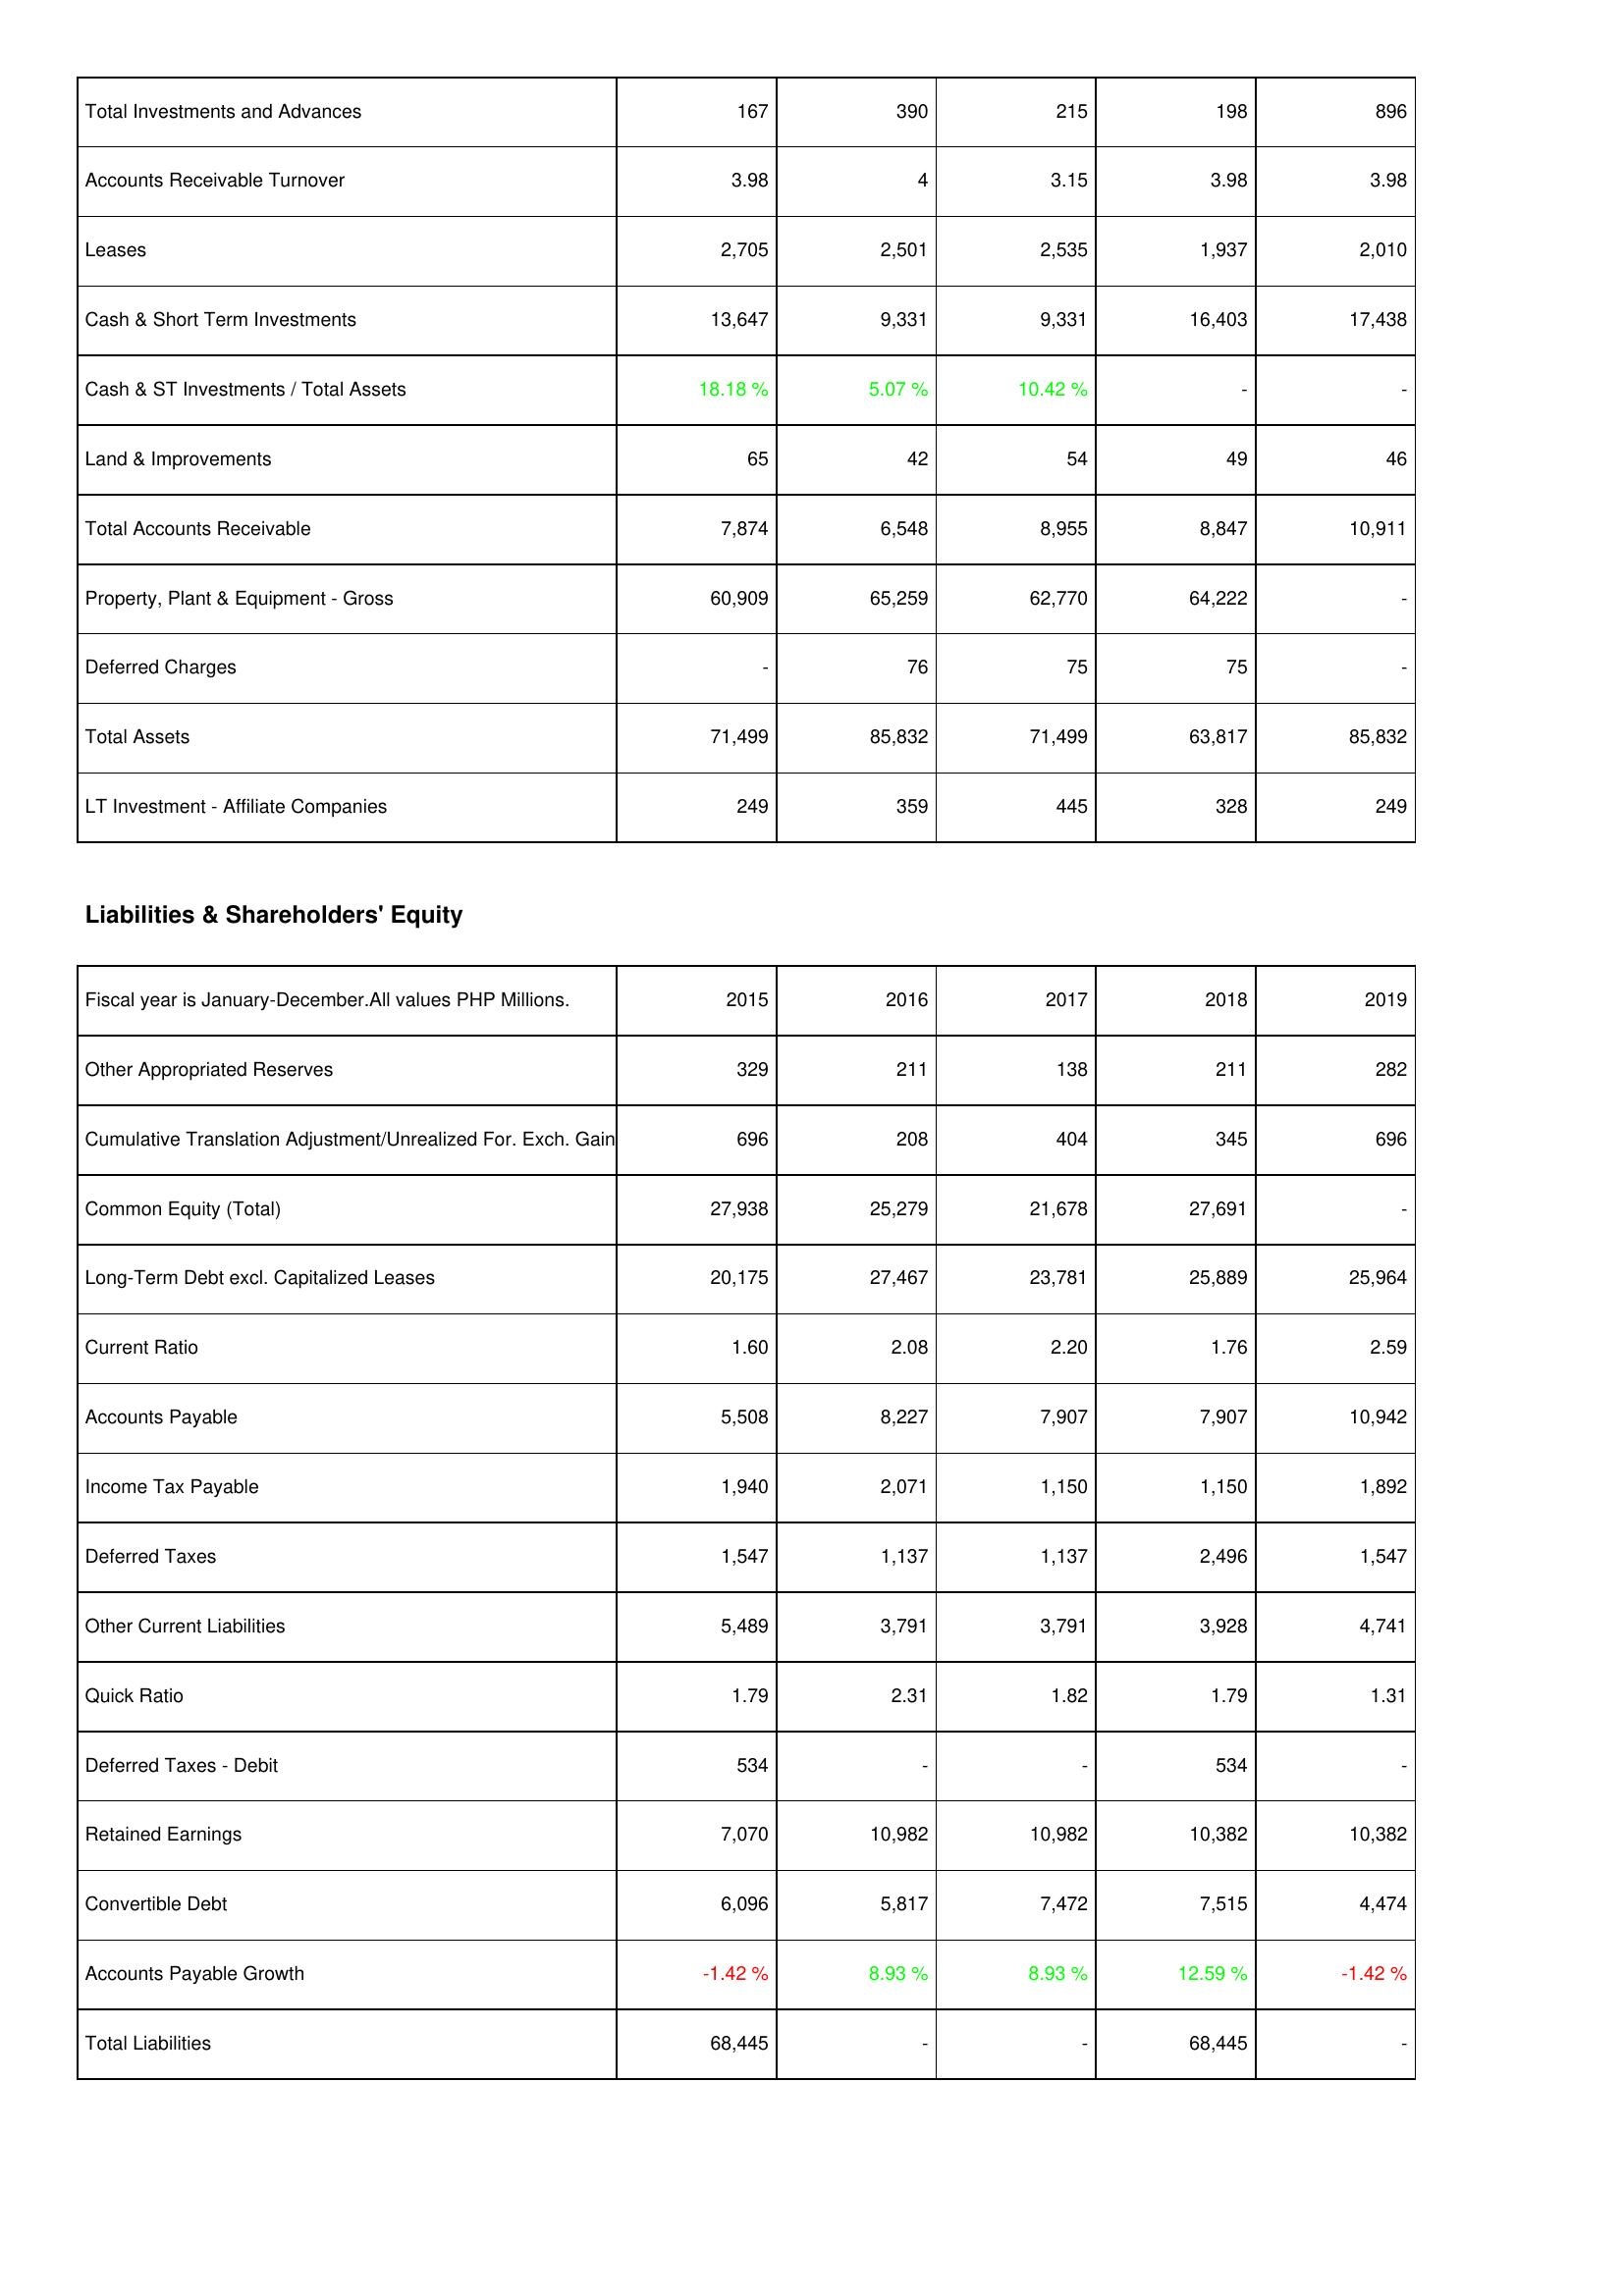
2015: Assets: Total Investments and Advances: 167
Accounts Receivable Turnover: 3.98
Leases: 2,705
Cash & Short Term Investments: 13,647
Cash & ST Investments / Total Assets: 18.18 %
Land & Improvements: 65
Total Accounts Receivable: 7,874
Property, Plant & Equipment - Gross: 60,909
Deferred Charges: -
Total Assets: 71,499
LT Investment - Affiliate Companies: 249
Liabilities & Shareholders' Equity: Other Appropriated Reserves: 329
Cumulative Translation Adjustment/Unrealized For. Exch. Gain: 696
Common Equity (Total): 27,938
Long-Term Debt excl. Capitalized Leases: 20,175
Current Ratio: 1.60
Accounts Payable: 5,508
Income Tax Payable: 1,940
Deferred Taxes: 1,547
Other Current Liabilities: 5,489
Quick Ratio: 1.79
Deferred Taxes - Debit: 534
Retained Earnings: 7,070
Convertible Debt: 6,096
Accounts Payable Growth: -1.42 %
Total Liabilities: 68,445
2016: Assets: Total Investments and Advances: 390
Accounts Receivable Turnover: 4
Leases: 2,501
Cash & Short Term Investments: 9,331
Cash & ST Investments / Total Assets: 5.07 %
Land & Improvements: 42
Total Accounts Receivable: 6,548
Property, Plant & Equipment - Gross: 65,259
Deferred Charges: 76
Total Assets: 85,832
LT Investment - Affiliate Companies: 359
Liabilities & Shareholders' Equity: Other Appropriated Reserves: 211
Cumulative Translation Adjustment/Unrealized For. Exch. Gain: 208
Common Equity (Total): 25,279
Long-Term Debt excl. Capitalized Leases: 27,467
Current Ratio: 2.08
Accounts Payable: 8,227
Income Tax Payable: 2,071
Deferred Taxes: 1,137
Other Current Liabilities: 3,791
Quick Ratio: 2.31
Deferred Taxes - Debit: -
Retained Earnings: 10,982
Convertible Debt: 5,817
Accounts Payable Growth: 8.93 %
Total Liabilities: -
2017: Assets: Total Investments and Advances: 215
Accounts Receivable Turnover: 3.15
Leases: 2,535
Cash & Short Term Investments: 9,331
Cash & ST Investments / Total Assets: 10.42 %
Land & Improvements: 54
Total Accounts Receivable: 8,955
Property, Plant & Equipment - Gross: 62,770
Deferred Charges: 75
Total Assets: 71,499
LT Investment - Affiliate Companies: 445
Liabilities & Shareholders' Equity: Other Appropriated Reserves: 138
Cumulative Translation Adjustment/Unrealized For. Exch. Gain: 404
Common Equity (Total): 21,678
Long-Term Debt excl. Capitalized Leases: 23,781
Current Ratio: 2.20
Accounts Payable: 7,907
Income Tax Payable: 1,150
Deferred Taxes: 1,137
Other Current Liabilities: 3,791
Quick Ratio: 1.82
Deferred Taxes - Debit: -
Retained Earnings: 10,982
Convertible Debt: 7,472
Accounts Payable Growth: 8.93 %
Total Liabilities: -
2018: Assets: Total Investments and Advances: 198
Accounts Receivable Turnover: 3.98
Leases: 1,937
Cash & Short Term Investments: 16,403
Cash & ST Investments / Total Assets: -
Land & Improvements: 49
Total Accounts Receivable: 8,847
Property, Plant & Equipment - Gross: 64,222
Deferred Charges: 75
Total Assets: 63,817
LT Investment - Affiliate Companies: 328
Liabilities & Shareholders' Equity: Other Appropriated Reserves: 211
Cumulative Translation Adjustment/Unrealized For. Exch. Gain: 345
Common Equity (Total): 27,691
Long-Term Debt excl. Capitalized Leases: 25,889
Current Ratio: 1.76
Accounts Payable: 7,907
Income Tax Payable: 1,150
Deferred Taxes: 2,496
Other Current Liabilities: 3,928
Quick Ratio: 1.79
Deferred Taxes - Debit: 534
Retained Earnings: 10,382
Convertible Debt: 7,515
Accounts Payable Growth: 12.59 %
Total Liabilities: 68,445
2019: Assets: Total Investments and Advances: 896
Accounts Receivable Turnover: 3.98
Leases: 2,010
Cash & Short Term Investments: 17,438
Cash & ST Investments / Total Assets: -
Land & Improvements: 46
Total Accounts Receivable: 10,911
Property, Plant & Equipment - Gross: -
Deferred Charges: -
Total Assets: 85,832
LT Investment - Affiliate Companies: 249
Liabilities & Shareholders' Equity: Other Appropriated Reserves: 282
Cumulative Translation Adjustment/Unrealized For. Exch. Gain: 696
Common Equity (Total): -
Long-Term Debt excl. Capitalized Leases: 25,964
Current Ratio: 2.59
Accounts Payable: 10,942
Income Tax Payable: 1,892
Deferred Taxes: 1,547
Other Current Liabilities: 4,741
Quick Ratio: 1.31
Deferred Taxes - Debit: -
Retained Earnings: 10,382
Convertible Debt: 4,474
Accounts Payable Growth: -1.42 %
Total Liabilities: -